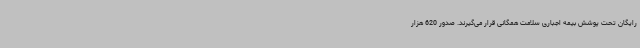
رایگان تحت پوشش بیمه اجباری سلامت همگانی قرار می‌گیرند. صدور 620 هزار